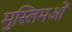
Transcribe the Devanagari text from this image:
मुस्लिमओं